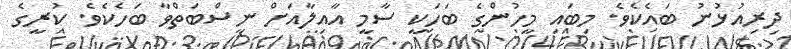
ދިރިއުޅުނު ބައެކެވެ. މިބައި މީހުންގެ ބަހަކީ ސާމީ އާއިލާއަށް ނިސްބަތްވާ ބަހެކެވެ. ކުރީގެ